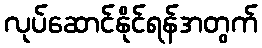
လုပ်ဆောင်နိုင်ရန်အတွက်